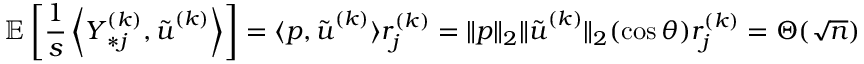
\mathbb { E } \left[ \frac { 1 } { s } \left\langle { \boldsymbol Y } _ { * j } ^ { ( k ) } , \tilde { { \boldsymbol u } } ^ { ( k ) } \right\rangle \right] = \langle { \boldsymbol p } , \tilde { { \boldsymbol u } } ^ { ( k ) } \rangle r _ { j } ^ { ( k ) } = \| { \boldsymbol p } \| _ { 2 } \| \tilde { { \boldsymbol u } } ^ { ( k ) } \| _ { 2 } ( \cos \theta ) r _ { j } ^ { ( k ) } = \Theta ( \sqrt { n } )